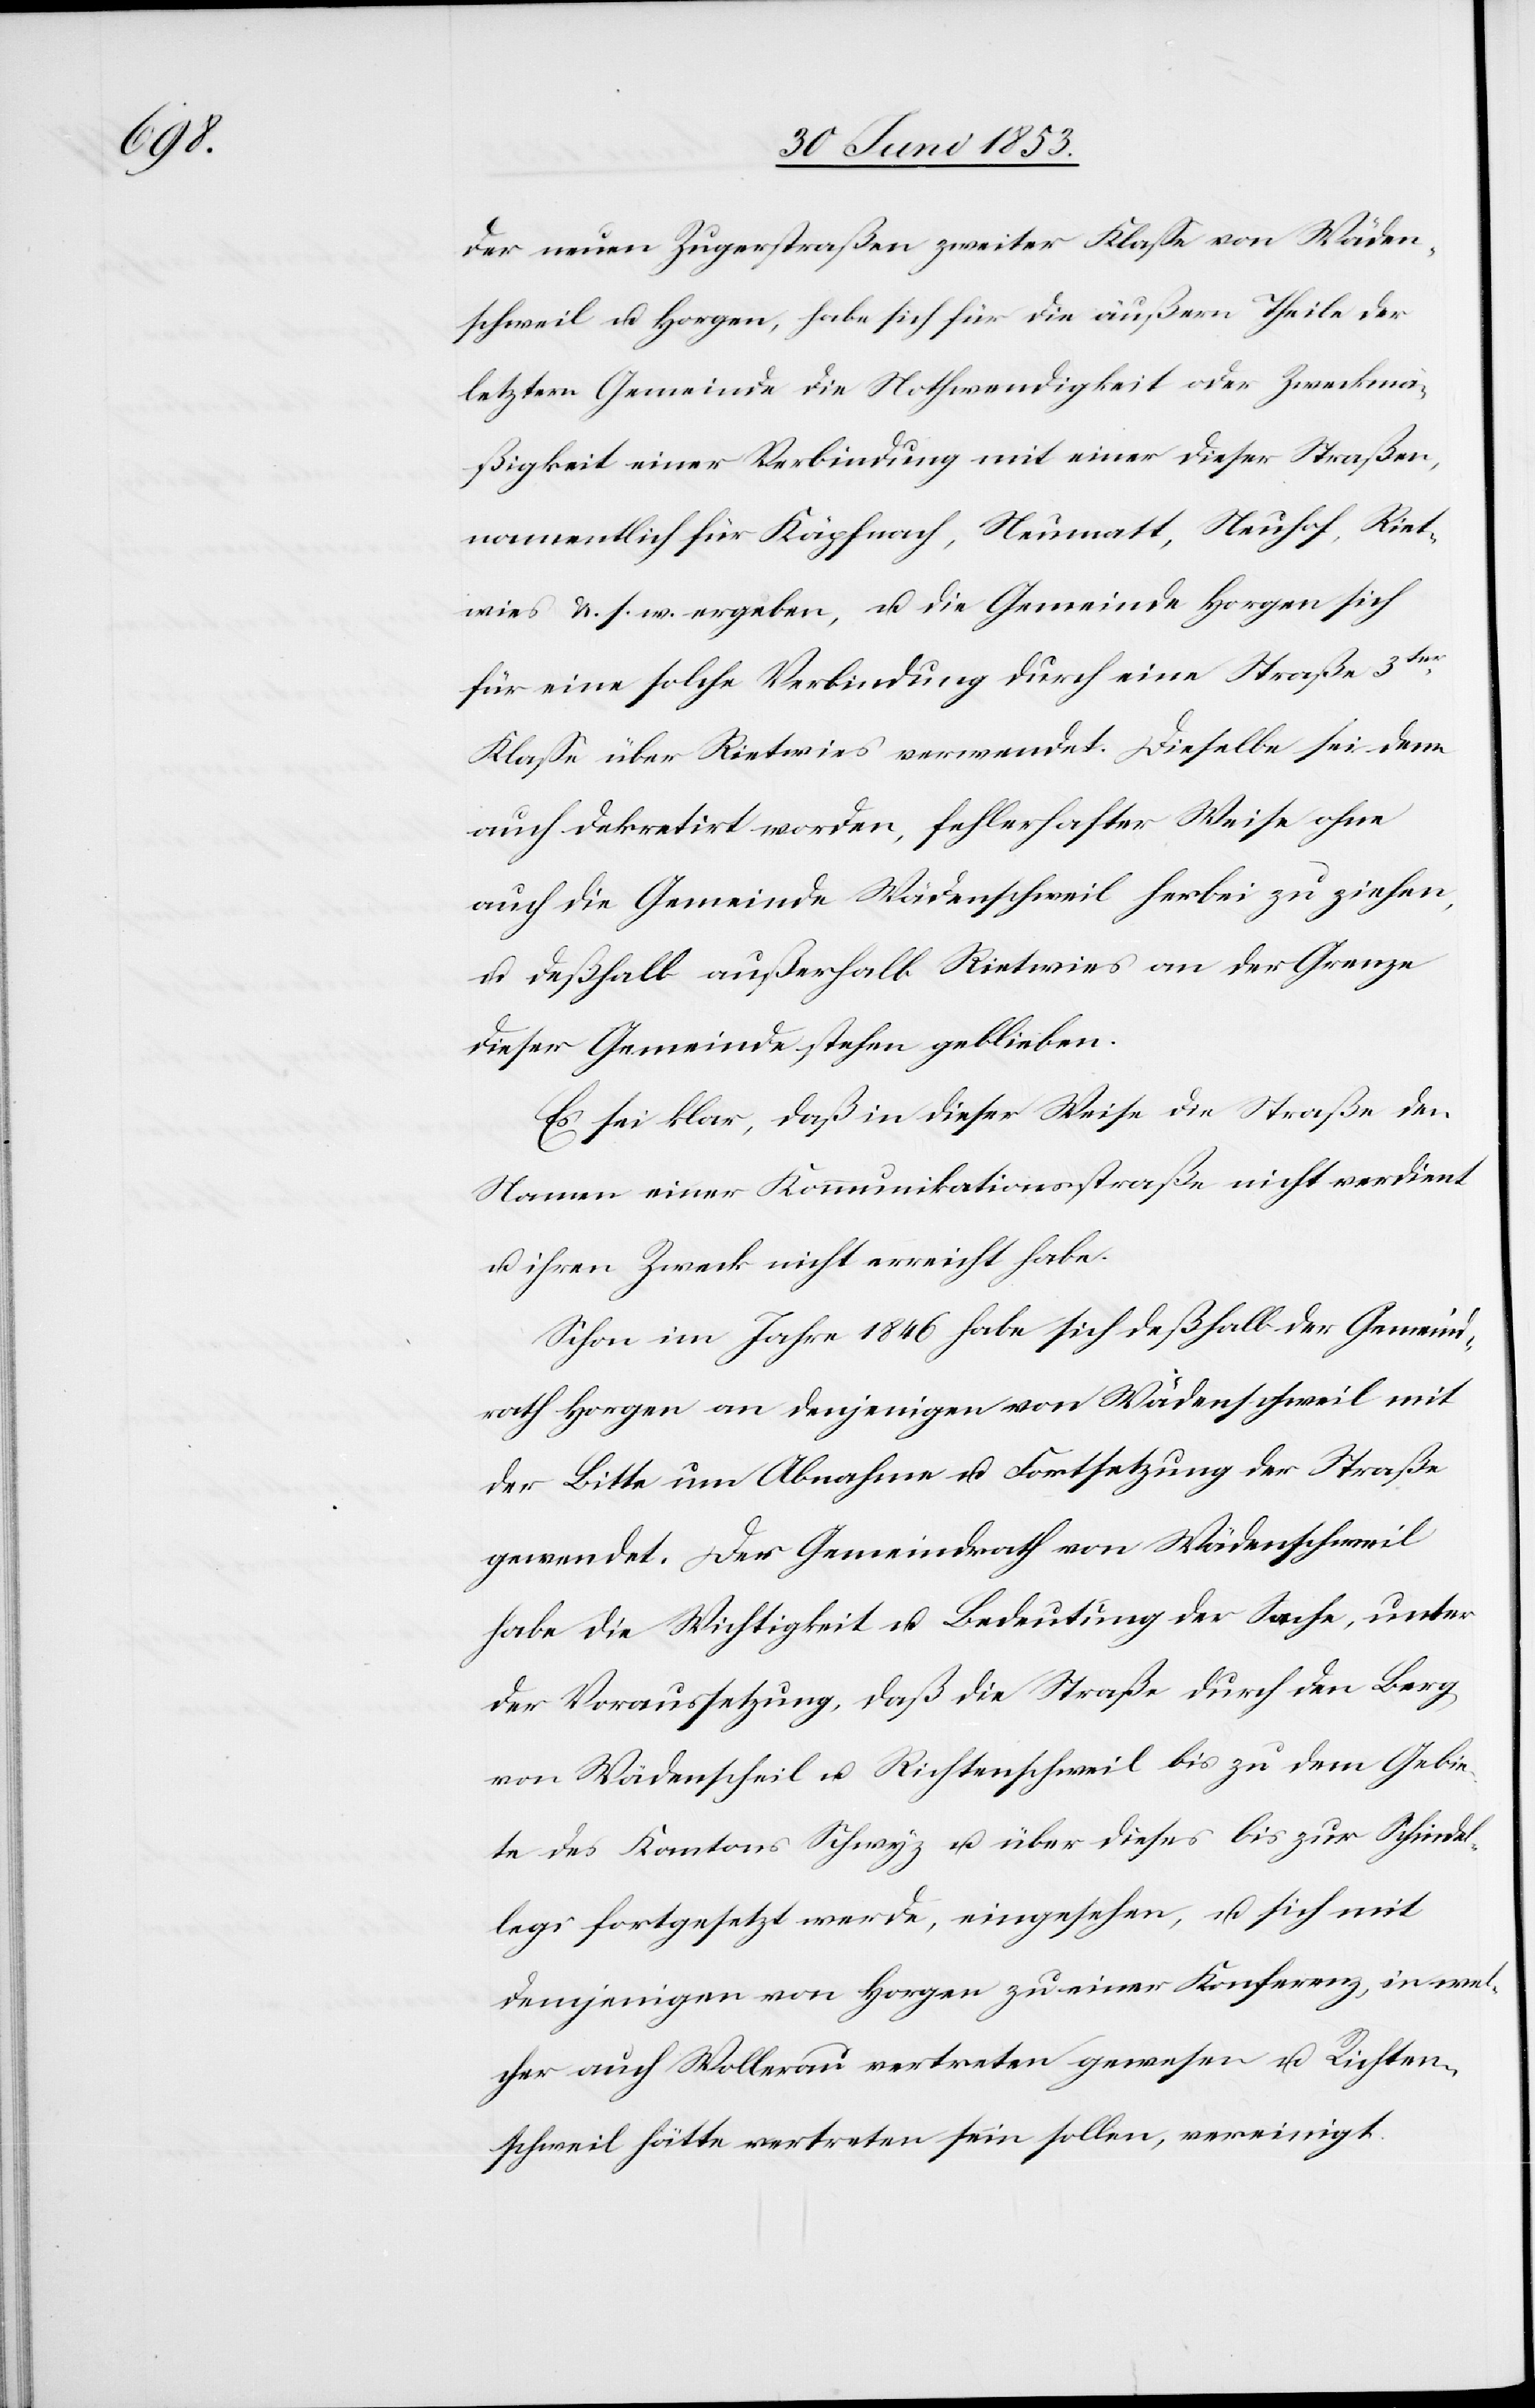
der neuen Zugerstraßen zweiter Klaße von Wäden¬
schweil u. Horgen, habe sich für die äußern Theile der
letztern Gemeinde die Nothwendigkeit oder Zweckmä¬
ßigkeit einer Verbindung mit einer dieser Straßen,
namentlich für Käpfnach, Neumatt, Neuhof, Riet¬
wies u. s. w. ergeben, u. die Gemeinde Horgen sich
für eine solche Verbindung durch eine Straße 3ter
Klaße über Rietwies verwendet. Dieselbe sei denn
auch dekretirt worden, fehlerhafter Weise ohne
auch die Gemeinde Wädenschweil herbei zu ziehen,
u. deßhalb außerhalb Rietwies an der Grenze
dieser Gemeinde stehen geblieben.
Es sei klar, daß in dieser Weise die Straße den
Namen einer Kommunikationsstraße nicht verdient
u. ihren Zweck nicht erreicht habe.
Schon im Jahre 1846 habe sich deßhalb der Gemeind¬
rath Horgen an denjenigen von Wädenschweil mit
der Bitte um Abnahme u. Fortsetzung der Straße
gewendet. Der Gemeindrath Wädenschweil
habe die Wichtigkeit u. Bedeutung der Sache, unter
der Voraussetzung, daß die Straße durch den Berg,
von Wädenschweil u. Richtenschweil bis zu dem Gebie¬
te des Kantons Schwyz u. über dieses bis zur Schinde¬
leggi fortgesetzt werde, eingesehen, u. sich mit
demjenigen von Horgen zu einer Konferenz, in wel¬
cher auch Wollerau vertreten gewesen u. Richter¬
schweil hätte vertreten sein sollen, vereinigt.